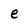
Character: e